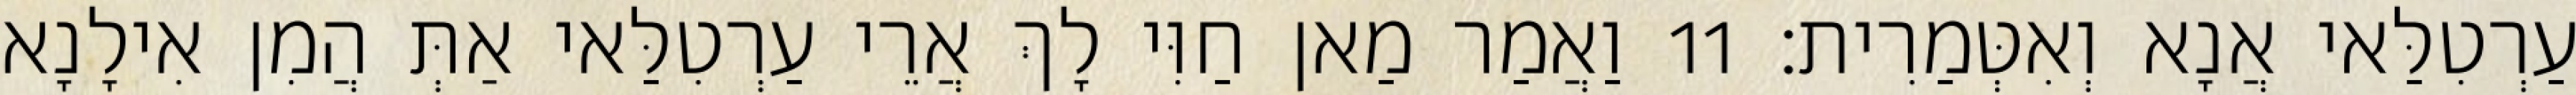
עַרְטִלַּאי אֲנָא וְאִטְּמַרִית׃ 11 וַאֲמַר מַאן חַוִּי לָךְ אֲרֵי עַרְטִלַּאי אַתְּ הֲמִן אִילָנָא